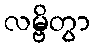
လမ္ဗိတွာ